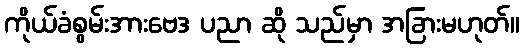
ကိုယ်ခံစွမ်းအားဗေဒ ပညာ ဆို သည်မှာ အခြားမဟုတ်။